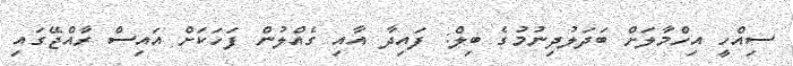
ސިއްހީ އިހްމާލަށް ބަދަލުދިނުމުގެ ބިލް: ފައިދާ އާއި ގެއްލުން ފަހަކަށް އައިސް ރާއްޖޭގައި